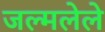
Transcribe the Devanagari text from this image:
जल्मलेले